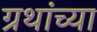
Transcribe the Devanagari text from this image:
ग्रथांच्या